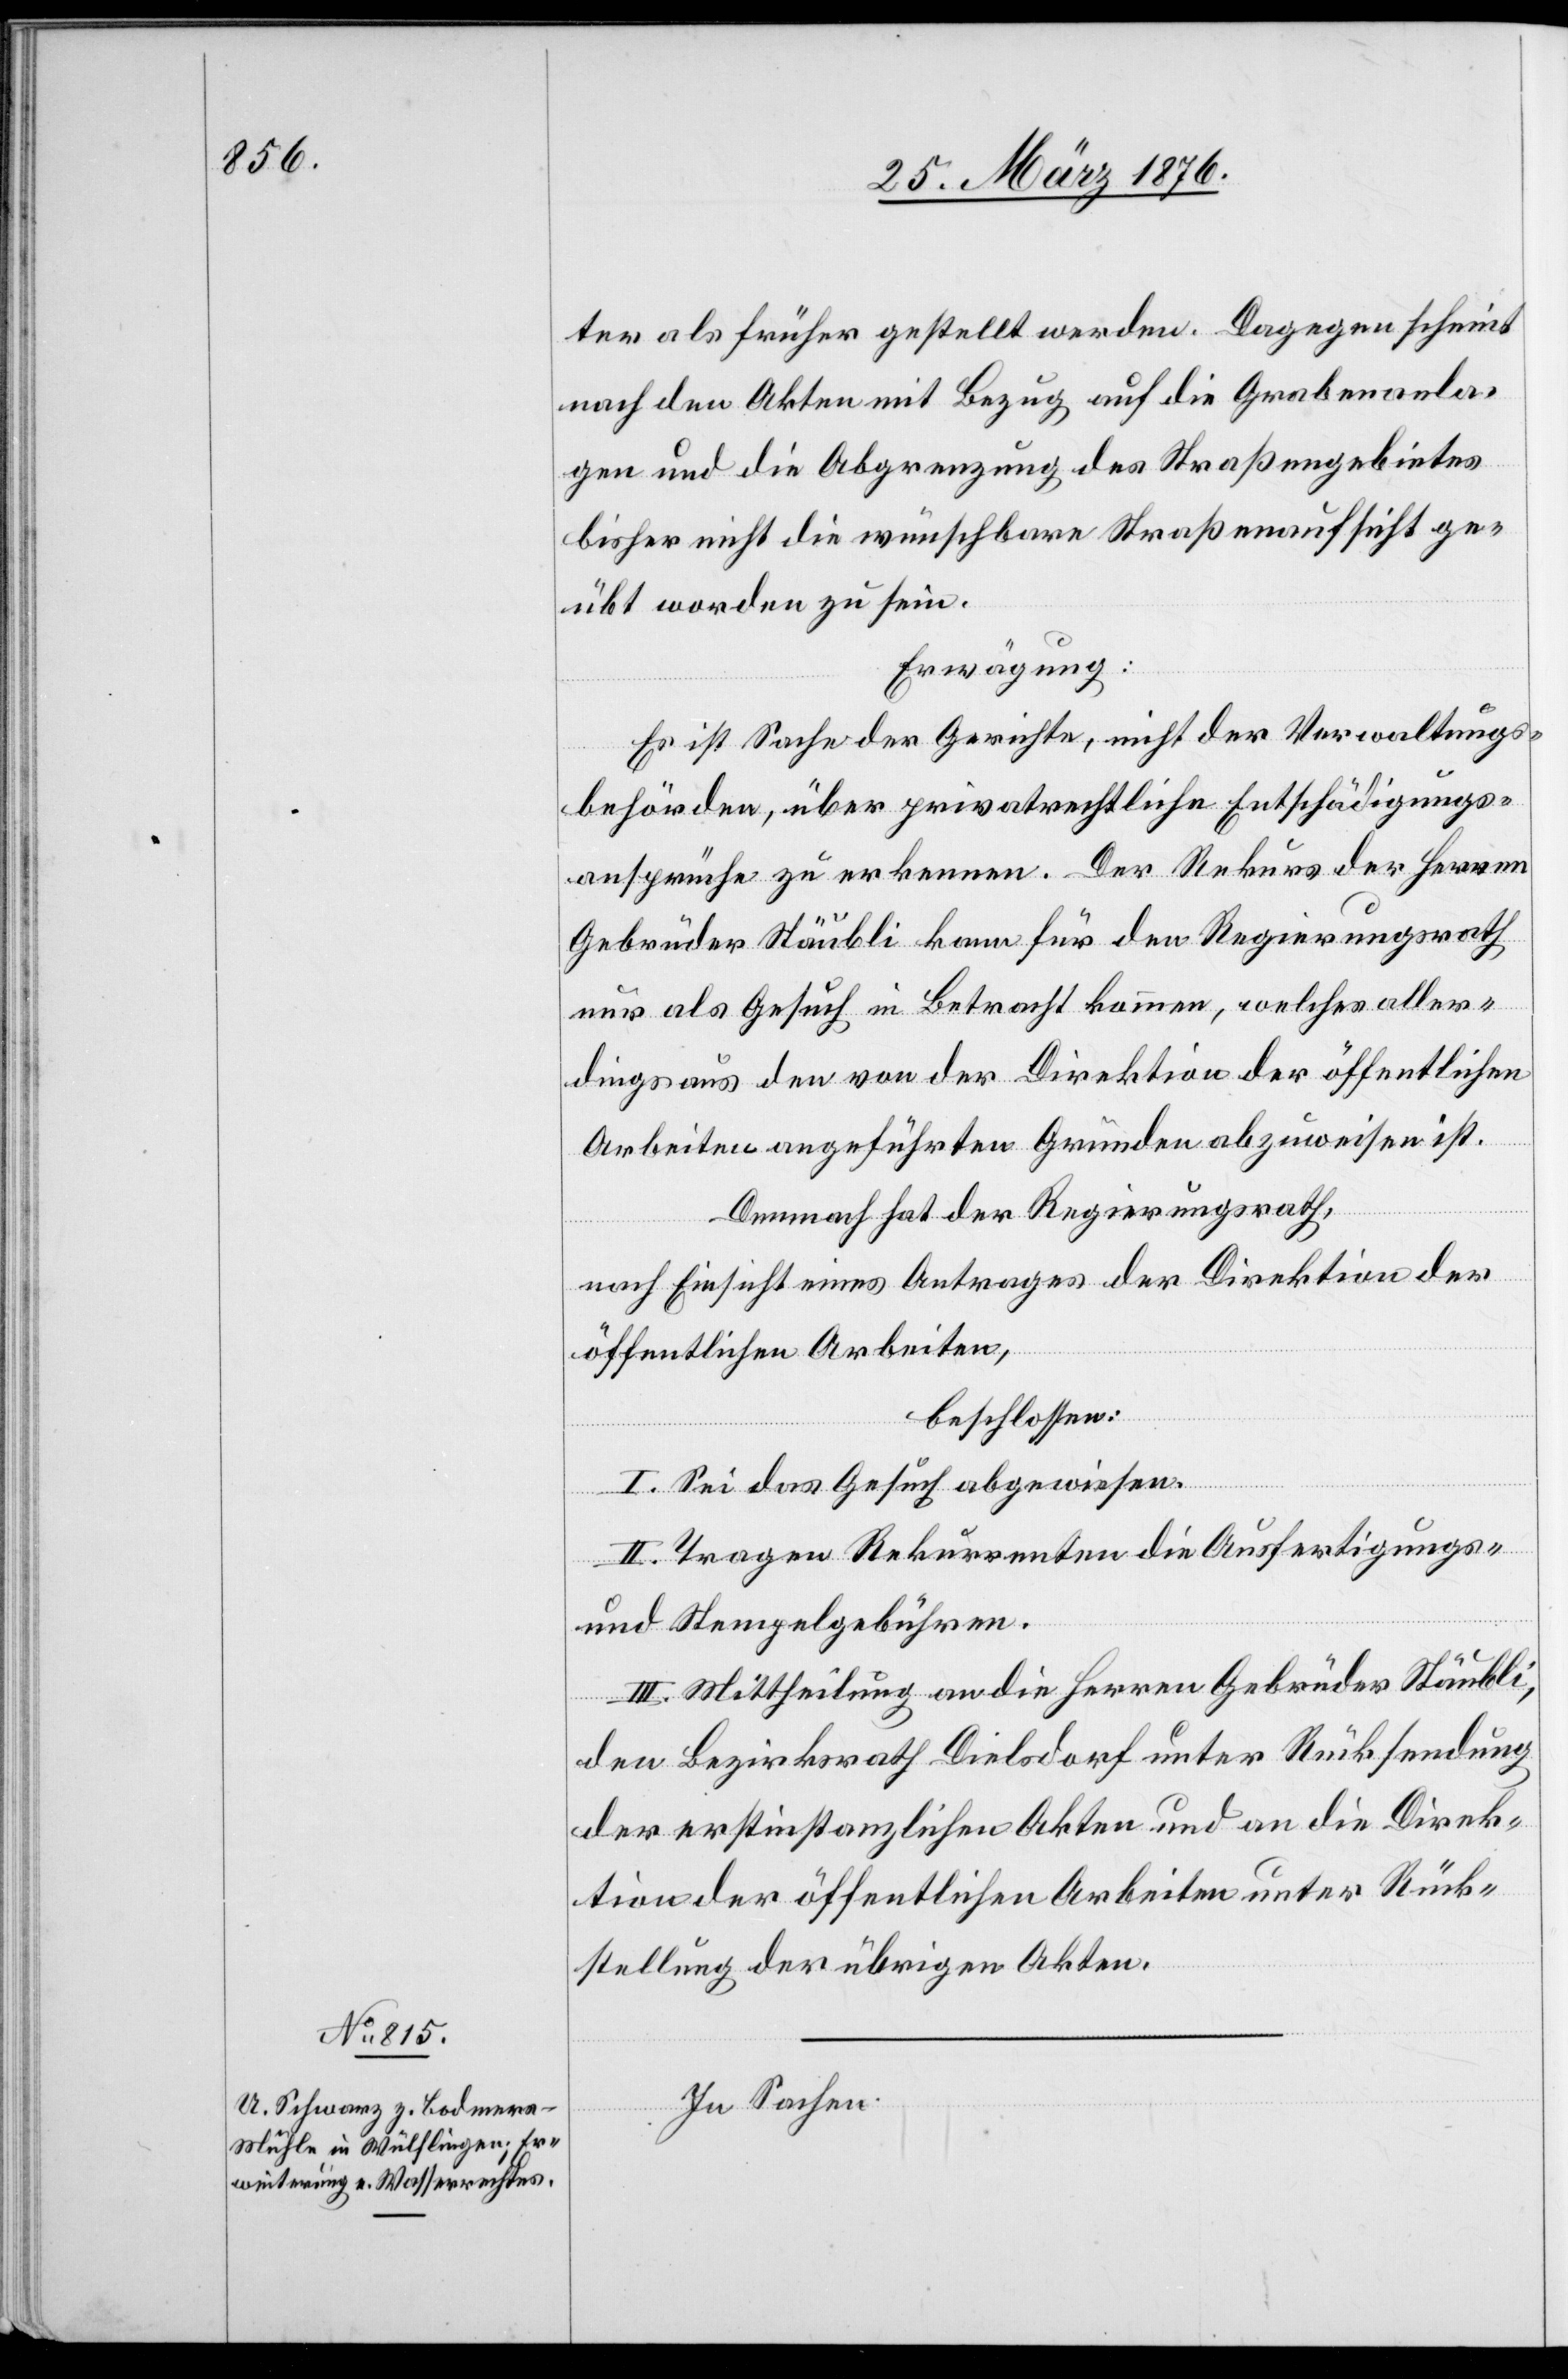
ter als früher gestellt werden. Dagegen scheint
nach den Akten mit Bezug auf die Grabenanla¬
gen und die Abgrenzung des Straßengebietes
bisher nicht die wünschbare Straßenaufsicht ge¬
übt worden zu sein.
Erwägung:
Es ist Sache der Gerichte, nicht der Verwaltungs¬
behörden, über privatrechtliche Entschädigungs¬
gesuche zu erkennen. Der Rekurs der Herren
Gebrüder Stäubli kann für den Regierungsrath
nur als Gesuch in Betracht kommen, welches aller¬
dings aus den von der Direktion der öffentlichen
Arbeiten angeführten Gründen abzuweisen ist.
Demnach hat der Regierungsrath,
nach Einsicht eines Antrages der Direktion der
öffentlichen Arbeiten,
beschlossen:
I. Sei das Gesuch abgewiesen.
II. Tragen Rekurrenten die Ausfertigungs-
und Stempelgebühren.
III. Mittheilung an die Herren Gebrüder Stäubli,
den Bezirksrath Dielsdorf unter Rücksendung
der erstinstanzlichen Akten und an die Direk¬
tion der öffentlichen Arbeiten unter Rück¬
stellung der übrigen Akten.
In Sachen